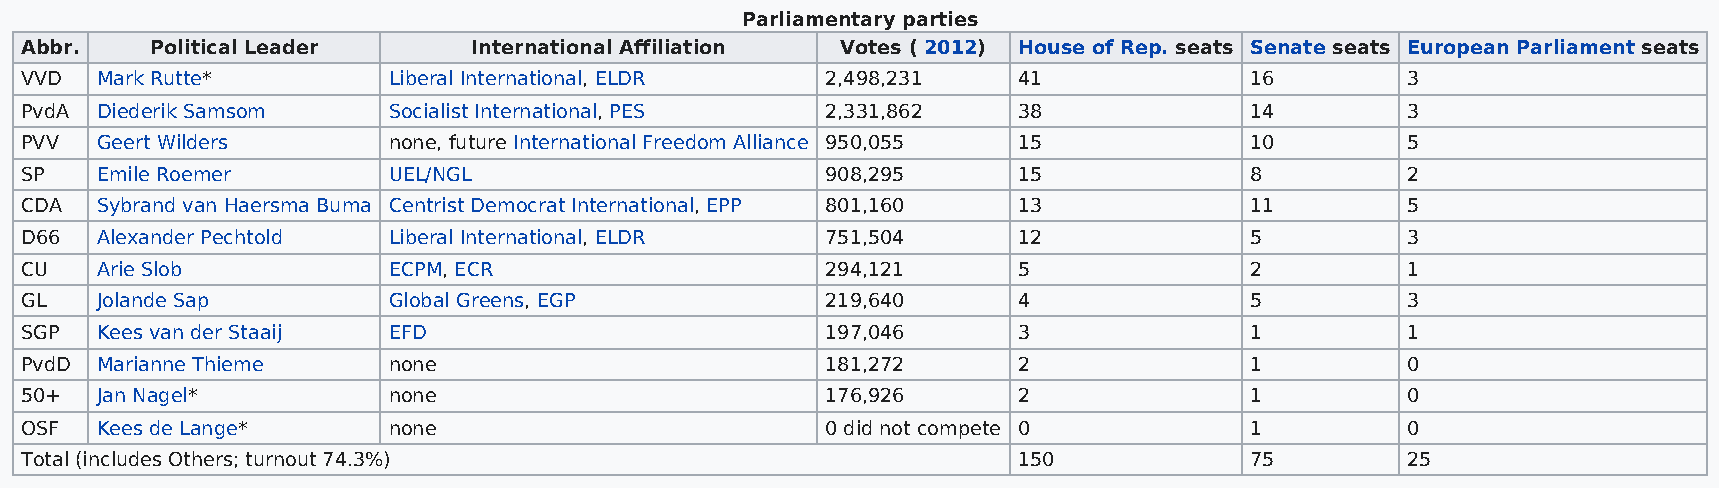
Parliamentary parties
 Abbr.    Political Leader     International Affiliation Votes ( 2012) House of Rep. seats Senate seats European Parliament seats
 VVD  Mark Rutte*         Liberal International, ELDR  2,498,231   41              16        3
 PvdA Diederik Samsom     Socialist International, PES 2,331,862   38              14        3
 PVV  Geert Wilders       none, future International Freedom Alliance 950,055 15   10        5
 SP   Emile Roemer        UEL/NGL                      908,295     15              8         2
 CDA  Sybrand van Haersma Buma Centrist Democrat International, EPP 801,160 13     11        5
 D66  Alexander Pechtold  Liberal International, ELDR  751,504     12              5         3
 CU   Arie Slob           ECPM, ECR                    294,121     5               2         1
 GL   Jolande Sap         Global Greens, EGP           219,640     4               5         3
 SGP  Kees van der Staaij EFD                          197,046     3               1         1
 PvdD Marianne Thieme     none                         181,272     2               1         0
 50+  Jan Nagel*          none                         176,926     2               1         0
 OSF  Kees de Lange*      none                         0 did not compete 0         1         0
 Total (includes Others; turnout 74.3%)                            150             75        25